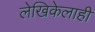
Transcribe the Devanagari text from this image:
लेखिकेलाही